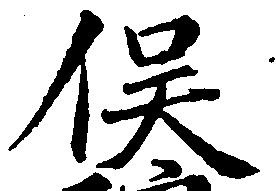
俣